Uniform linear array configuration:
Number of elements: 16
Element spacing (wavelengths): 0.5
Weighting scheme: exponential
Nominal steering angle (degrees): -45
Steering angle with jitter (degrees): -43.953
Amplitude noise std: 0.05
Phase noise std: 0.05

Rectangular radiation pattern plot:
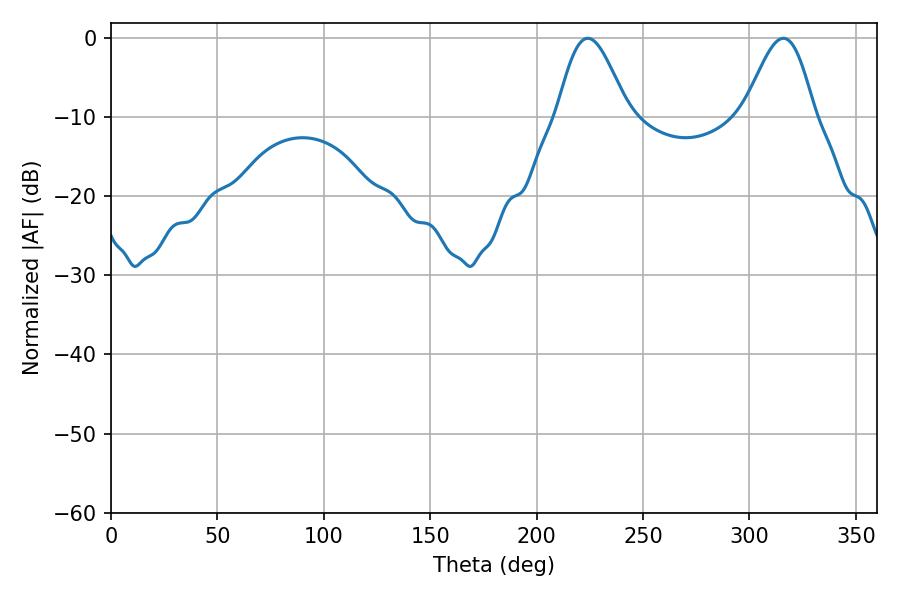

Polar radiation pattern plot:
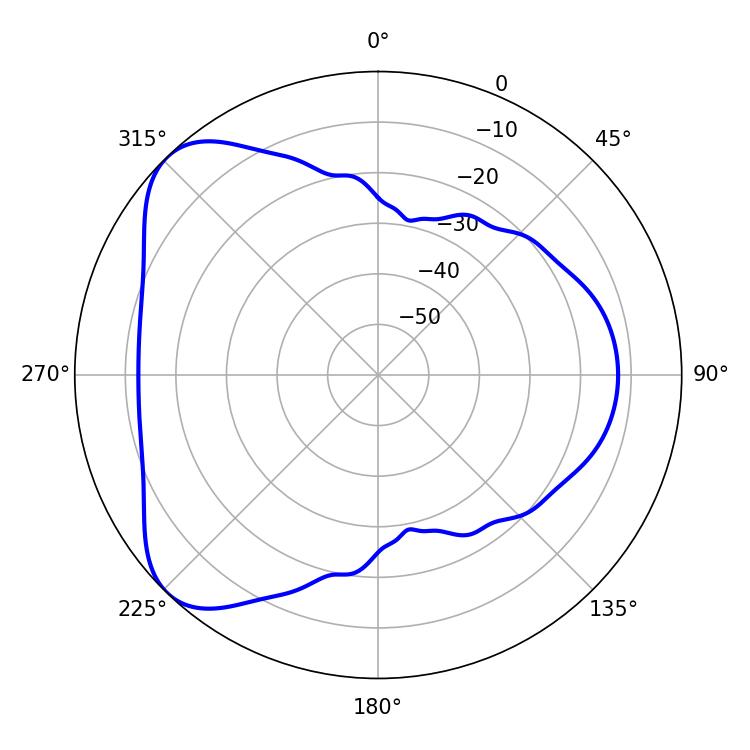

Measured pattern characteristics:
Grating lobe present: FALSE
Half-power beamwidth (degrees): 17.46
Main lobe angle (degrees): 224.1